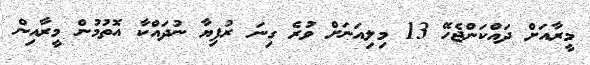
މީރާއަށް ދައްކަންޖެހޭ 13 މިލިއަނަށް ވުރެ ގިނަ ރުފިޔާ ނުދައްކާ އޮތުމުން މީރާއިން